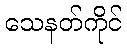
သေနတ်ကိုင်